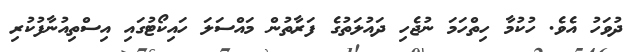
ދުވަހު އެވެ. ހުކުމާ ހިތްހަމަ ނުޖެހި ދައުލަތުގެ ފަރާތުން މައްސަލަ ހައިކޯޓުގައި އިސްތިއުނާފުކުރި